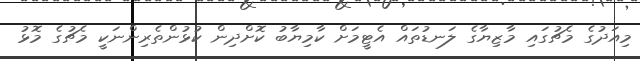
މިއަދުގެ މެޗުގައި މާޒިޔާގެ ލަނޑުތައް އެޓީމަށް ކާމިޔާބު ކޮށްދިން ކުޅުންތެރިންނަކީ މެޗުގެ މޮޅު